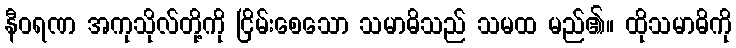
နီဝရဏ အကုသိုလ်တို့ကို ငြိမ်းစေသော သမာဓိသည် သမထ မည်၏။ ထိုသမာဓိကို